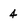
Character: 4